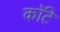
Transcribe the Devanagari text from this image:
कॉटे